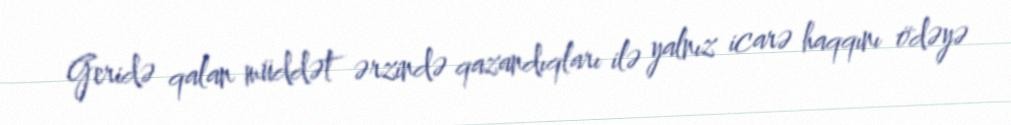
Geridə qalan müddət ərzində qazandıqları ilə yalnız icarə haqqını ödəyə